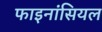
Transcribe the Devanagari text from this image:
फाइनांसियल